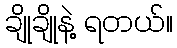
ချိုချိုနဲ့ ရတယ်။